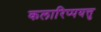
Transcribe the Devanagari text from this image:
कलारिप्पयत्तु